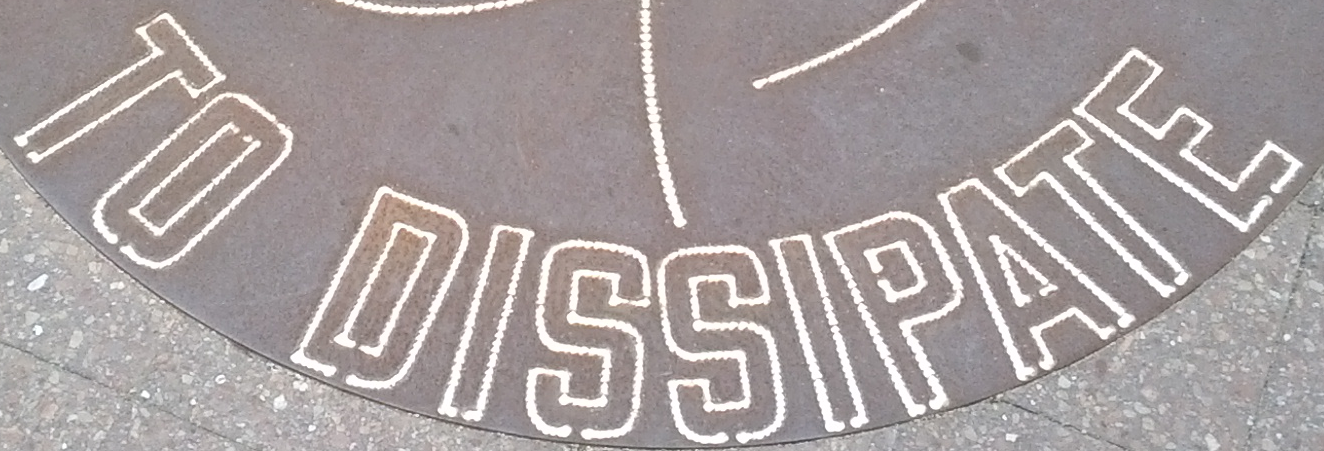
TO DISSIPATE